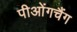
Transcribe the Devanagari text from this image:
पीओंगचैंग